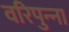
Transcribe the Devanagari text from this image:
वरिपुन्‍ना